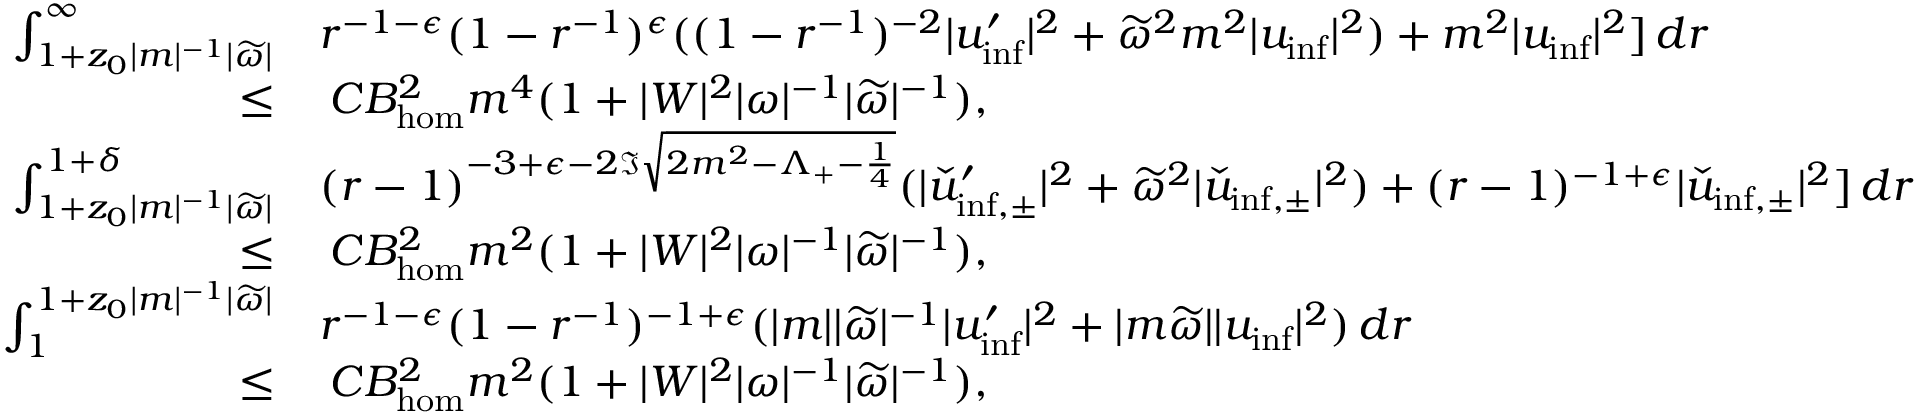
\begin{array} { r l } { \int _ { 1 + z _ { 0 } | m | ^ { - 1 } | \widetilde { \omega } | } ^ { \infty } } & { r ^ { - 1 - \epsilon } ( 1 - r ^ { - 1 } ) ^ { \epsilon } ( ( 1 - r ^ { - 1 } ) ^ { - 2 } | u _ { \mathrm { i n f } } ^ { \prime } | ^ { 2 } + \widetilde { \omega } ^ { 2 } m ^ { 2 } | u _ { \mathrm { i n f } } | ^ { 2 } ) + m ^ { 2 } | u _ { \mathrm { i n f } } | ^ { 2 } ] \, d r } \\ { \leq } & { \: C B _ { \mathrm { h o m } } ^ { 2 } m ^ { 4 } ( 1 + | W | ^ { 2 } | \omega | ^ { - 1 } | \widetilde { \omega } | ^ { - 1 } ) , } \\ { \int _ { 1 + z _ { 0 } | m | ^ { - 1 } | \widetilde { \omega } | } ^ { 1 + \delta } } & { ( r - 1 ) ^ { - 3 + \epsilon - 2 \Im \sqrt { 2 m ^ { 2 } - \Lambda _ { + } - \frac { 1 } { 4 } } } ( | \check { u } _ { \mathrm { i n f , \pm } } ^ { \prime } | ^ { 2 } + \widetilde { \omega } ^ { 2 } | \check { u } _ { \mathrm { i n f , \pm } } | ^ { 2 } ) + ( r - 1 ) ^ { - 1 + \epsilon } | \check { u } _ { \mathrm { i n f , \pm } } | ^ { 2 } ] \, d r } \\ { \leq } & { \: C B _ { \mathrm { h o m } } ^ { 2 } m ^ { 2 } ( 1 + | W | ^ { 2 } | \omega | ^ { - 1 } | \widetilde { \omega } | ^ { - 1 } ) , } \\ { \int _ { 1 } ^ { 1 + z _ { 0 } | m | ^ { - 1 } | \widetilde { \omega } | } } & { r ^ { - 1 - \epsilon } ( 1 - r ^ { - 1 } ) ^ { - 1 + \epsilon } ( | m | | \widetilde { \omega } | ^ { - 1 } | u _ { \mathrm { i n f } } ^ { \prime } | ^ { 2 } + | m \widetilde { \omega } | | u _ { \mathrm { i n f } } | ^ { 2 } ) \, d r } \\ { \leq } & { \: C B _ { \mathrm { h o m } } ^ { 2 } m ^ { 2 } ( 1 + | W | ^ { 2 } | \omega | ^ { - 1 } | \widetilde { \omega } | ^ { - 1 } ) , } \end{array}